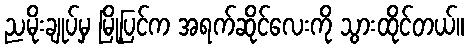
ညမိုးချုပ်မှ မြို့ပြင်က အရက်ဆိုင်လေးကို သွားထိုင်တယ်။